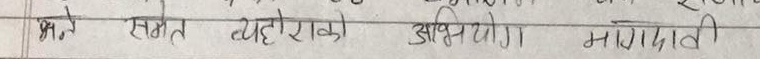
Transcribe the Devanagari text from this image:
भने सगत रहोराको अभियोग मागदाली